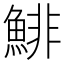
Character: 鯡